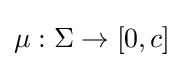
\mu :\Sigma \to [0,c]